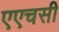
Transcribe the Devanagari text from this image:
एएचसी